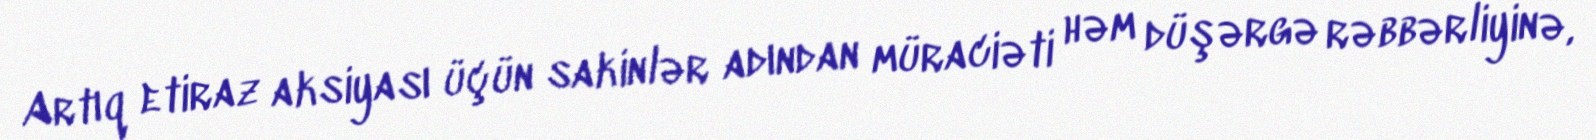
Artıq etiraz aksiyası üçün sakinlər adından müraciəti həm düşərgə rəbbərliyinə,